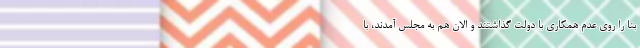
بنا را روی عدم همکاری با دولت گذاشتند و الان هم به مجلس آمدند، با